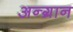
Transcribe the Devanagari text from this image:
अन्ग्रान